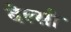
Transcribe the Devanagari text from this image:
बेल्सी